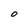
Character: O